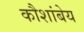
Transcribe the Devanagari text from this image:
कौशांबेय